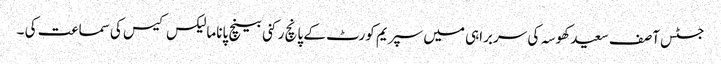
جسٹس آصف سعید کھوسہ کی سربراہی میں سپریم کورٹ کے پانچ رکنی بینچ پاناما لیکس کیس کی سماعت کی ۔